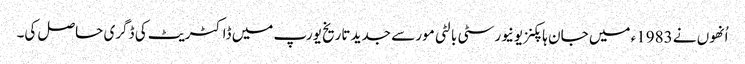
اُنھوں نے 1983ء میں جان ہاپکنز یونیورسٹی بالٹی مور سے جدید تاریخ یورپ میں ڈاکٹریٹ کی ڈگری حاصل کی۔